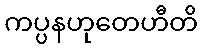
ကပ္ပနဟုတေဟီတိ